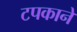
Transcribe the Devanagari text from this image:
टपकाने